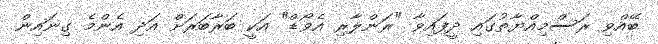
ބޭއްވި ރަސްމިއްޔާތުގައި ދީފައިވާ "ރަންލާރި އެވޯޑް" އަކީ ބަރާބަރަށް އަދި އެންމެ ގިނައިން